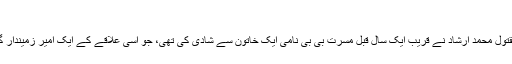
‘‘
پولیس اہلکاروں کے مطابق مقتول محمد ارشاد نے قریب ایک سال قبل مسرت بی بی نامی ایک خاتون سے شادی کی تھی، جو اسی علاقے کے ایک امیر زمیندار گھرانے سے تعلق رکھتی ہے۔